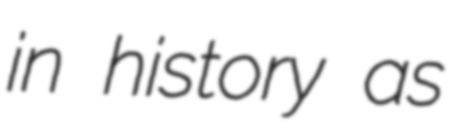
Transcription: in history as